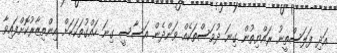
އަދި ފަލަސްތީނު ރައްޔިތުން ގިނަ ދުވަސްތަކެއް ވަންދެން އަސާސީ ގިނަ ހައްގުތަކަކަށް އިންތިޒާރުކޮށްފައިވާ